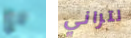
مع لتراني